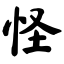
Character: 怪